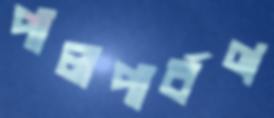
পালপার্বণ